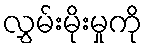
လွှမ်းမိုးမှုကို